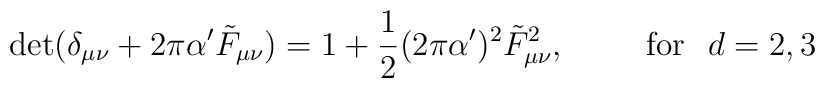
{\rm det}(\delta_{\mu\nu}+2\pi\alpha' \tilde{F}_{\mu\nu})= 1+\frac{1}{2}(2\pi\alpha')^{2}\tilde{F}_{\mu\nu}^{2}, \hspace{1cm} {\rm for}\hspace{0.3cm} d=2,3